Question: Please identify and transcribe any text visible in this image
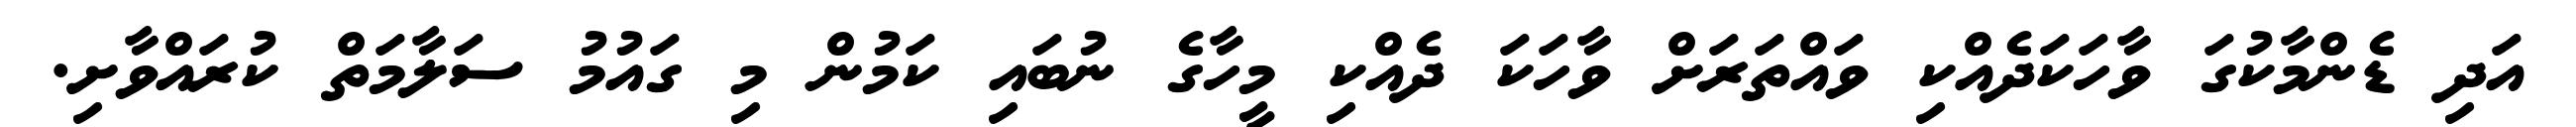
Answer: އަދި ޑެންމާކުގަ ވާހަކަދެއްކި ވައްތަރަށް ވާހަކަ ދެއްކި މީހާގެ ނުބައި ކަމުން މި ގައުމު ސަލާމަތް ކުރައްވާށި.